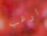
ارغب